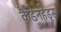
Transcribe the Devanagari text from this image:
कैडेनहेड्स